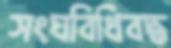
সংঘবিধিবদ্ধ